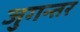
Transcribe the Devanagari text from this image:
जुगन्तर